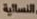
النسائية